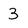
Character: 3